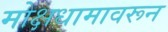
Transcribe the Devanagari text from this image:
मोक्षधामावरून